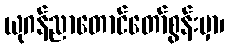
ယုဂန်ညာတောင်တော်စွန်းမှာ၊